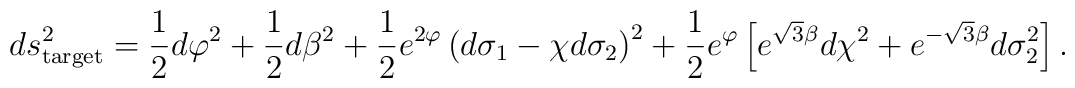
ds^2_{\rm target} = \frac{1}{2} d\varphi^2 + \frac{1}{2} d\beta^2 +\frac{1}{2} e^{2\varphi} \left( d\sigma_1 -\chi d\sigma_2 \right)^2 +\frac{1}{2} e^{\varphi} \left[ e^{\sqrt{3} \beta} d\chi^2 +e^{-\sqrt{3} \beta} d\sigma_2^2 \right]  .